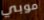
موبي